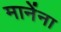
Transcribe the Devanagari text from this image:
मानेंना